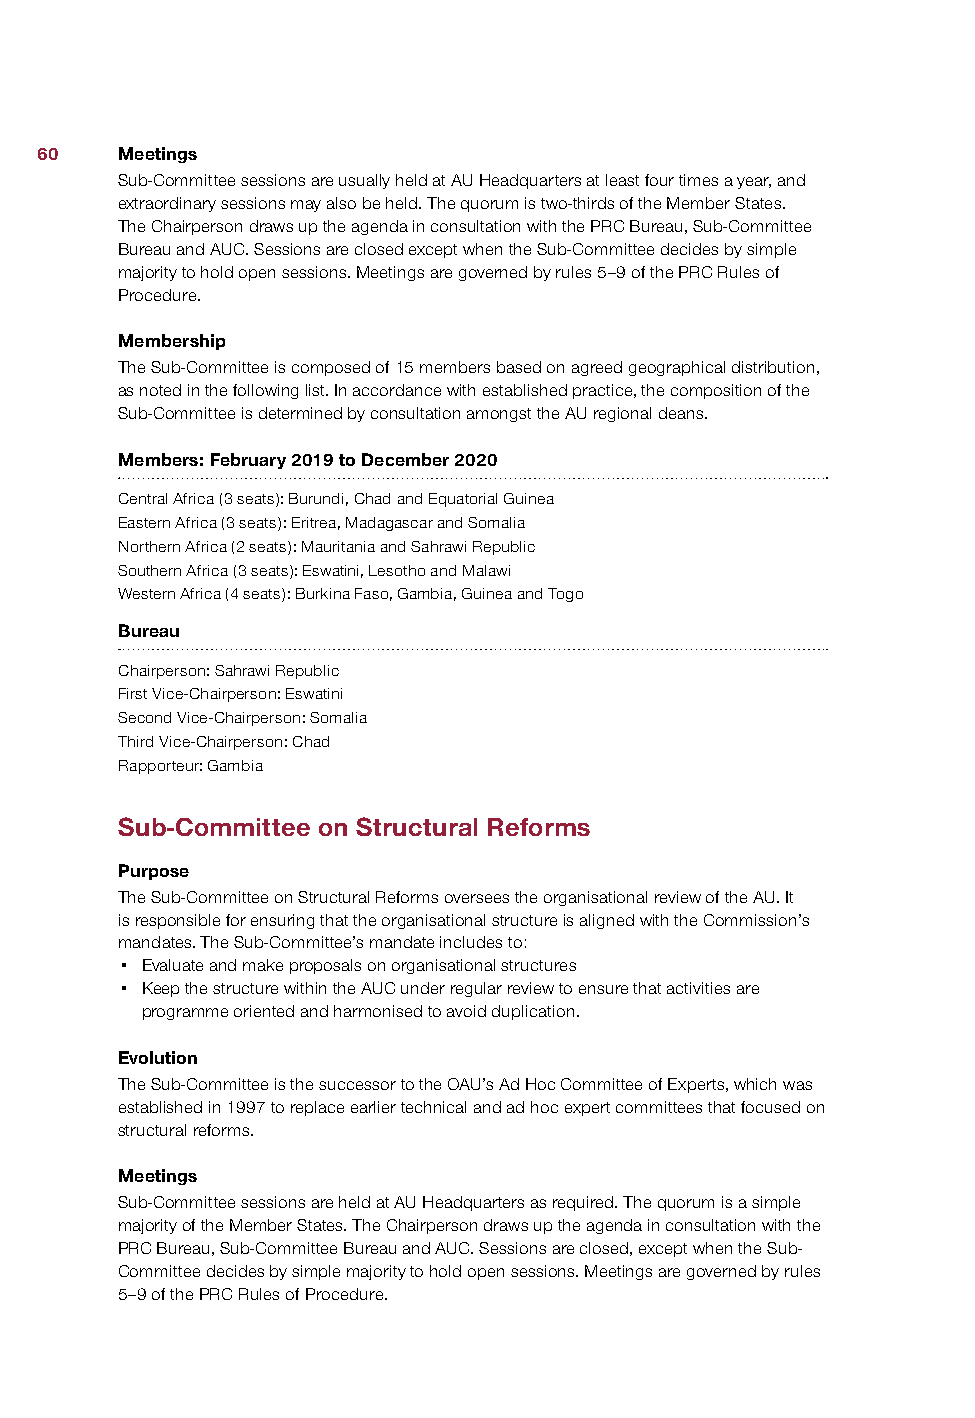
60    Meetings
 Sub-Committee sessions are usually held at AU Headquarters at least four times a year, and
 extraordinary sessions may also be held. The quorum is two-thirds of the Member States.
 The Chairperson draws up the agenda in consultation with the PRC Bureau, Sub-Committee
 Bureau and AUC. Sessions are closed except when the Sub-Committee decides by simple
 majority to hold open sessions. Meetings are governed by rules 5–9 of the PRC Rules of
 Procedure.
 Membership
 The Sub-Committee is composed of 15 members based on agreed geographical distribution,
 as noted in the following list. In accordance with established practice, the composition of the
 Sub-Committee is determined by consultation amongst the AU regional deans.
 Members: February 2019 to December 2020
 Central Africa (3 seats): Burundi, Chad and Equatorial Guinea
 Eastern Africa (3 seats): Eritrea, Madagascar and Somalia
 Northern Africa (2 seats): Mauritania and Sahrawi Republic
 Southern Africa (3 seats): Eswatini, Lesotho and Malawi
 Western Africa (4 seats): Burkina Faso, Gambia, Guinea and Togo
 Bureau
 Chairperson: Sahrawi Republic
 First Vice-Chairperson: Eswatini
 Second Vice-Chairperson: Somalia
 Third Vice-Chairperson: Chad
 Rapporteur: Gambia
 Sub-Committee on Structural Reforms
 Purpose
 The Sub-Committee on Structural Reforms oversees the organisational review of the AU. It
 is responsible for ensuring that the organisational structure is aligned with the Commission’s
 mandates. The Sub-Committee’s mandate includes to:
 • Evaluate and make proposals on organisational structures
 • Keep the structure within the AUC under regular review to ensure that activities are
 programme oriented and harmonised to avoid duplication.
 Evolution
 The Sub-Committee is the successor to the OAU’s Ad Hoc Committee of Experts, which was
 established in 1997 to replace earlier technical and ad hoc expert committees that focused on
 structural reforms.
 Meetings
 Sub-Committee sessions are held at AU Headquarters as required. The quorum is a simple
 majority of the Member States. The Chairperson draws up the agenda in consultation with the
 PRC Bureau, Sub-Committee Bureau and AUC. Sessions are closed, except when the Sub-
 Committee decides by simple majority to hold open sessions. Meetings are governed by rules
 5–9 of the PRC Rules of Procedure.